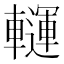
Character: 𨏂